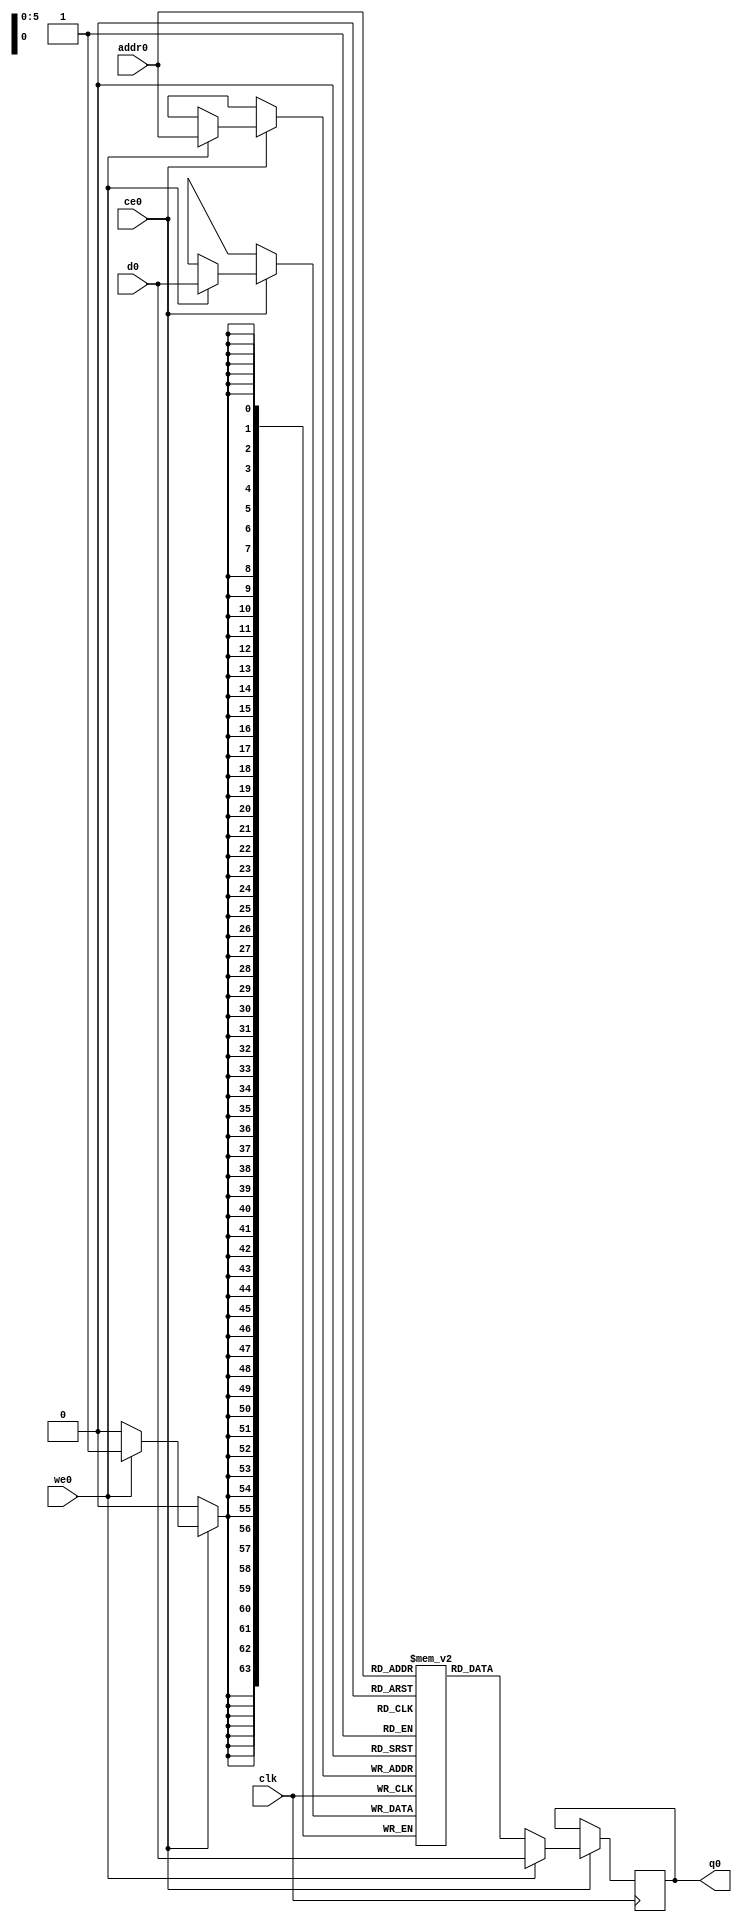
// This program was cloned from: https://github.com/zainryan/INSIDER-System
// License: MIT License

// ==============================================================
// File generated by Vivado(TM) HLS - High-Level Synthesis from C, C++ and SystemC
// Version: 2017.4.op
// Copyright (C) 1986-2018 Xilinx, Inc. All Rights Reserved.
// 
// ==============================================================

`timescale 1 ns / 1 ps
module pipe0_data_handler_kbuf_addr_arr_ram (addr0, ce0, d0, we0, q0,  clk);

parameter DWIDTH = 64;
parameter AWIDTH = 6;
parameter MEM_SIZE = 64;

input[AWIDTH-1:0] addr0;
input ce0;
input[DWIDTH-1:0] d0;
input we0;
output reg[DWIDTH-1:0] q0;
input clk;

(* ram_style = "block" *)reg [DWIDTH-1:0] ram[0:MEM_SIZE-1];




always @(posedge clk)  
begin 
    if (ce0) 
    begin
        if (we0) 
        begin 
            ram[addr0] <= d0; 
            q0 <= d0;
        end 
        else 
            q0 <= ram[addr0];
    end
end


endmodule


`timescale 1 ns / 1 ps
module pipe0_data_handler_kbuf_addr_arr(
    reset,
    clk,
    address0,
    ce0,
    we0,
    d0,
    q0);

parameter DataWidth = 32'd64;
parameter AddressRange = 32'd64;
parameter AddressWidth = 32'd6;
input reset;
input clk;
input[AddressWidth - 1:0] address0;
input ce0;
input we0;
input[DataWidth - 1:0] d0;
output[DataWidth - 1:0] q0;



pipe0_data_handler_kbuf_addr_arr_ram pipe0_data_handler_kbuf_addr_arr_ram_U(
    .clk( clk ),
    .addr0( address0 ),
    .ce0( ce0 ),
    .d0( d0 ),
    .we0( we0 ),
    .q0( q0 ));

endmodule